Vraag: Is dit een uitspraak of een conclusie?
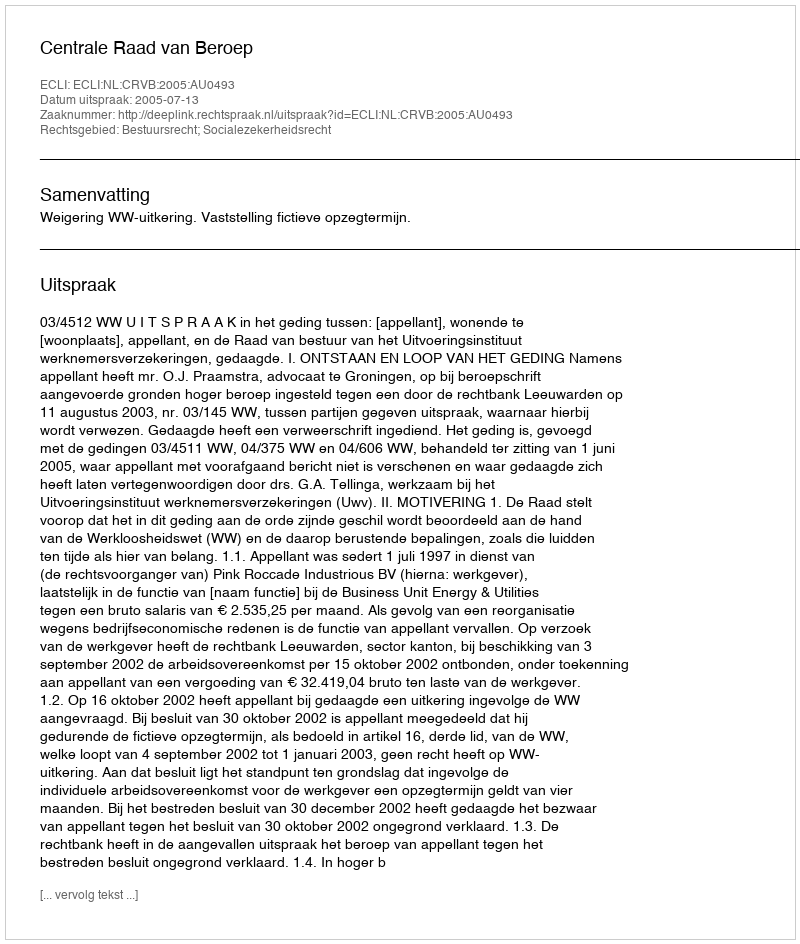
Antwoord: Uitspraak